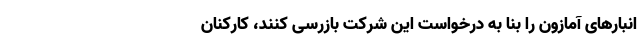
انبار‌های آمازون را بنا به درخواست این شرکت بازرسی کنند، کارکنان